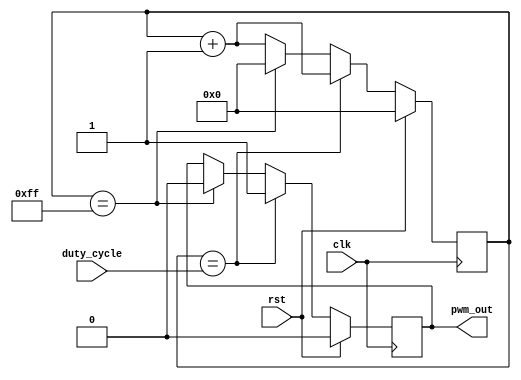
module PWM_Pulse_Generator (
    input wire clk,
    input wire rst,
    input wire [7:0] duty_cycle,
    output reg pwm_out
);

reg [7:0] counter;

always @(posedge clk) begin
    if (rst) begin
        counter <= 8'd0;
        pwm_out <= 1'b0;
    end else begin
        counter <= counter + 1;
        if (counter == duty_cycle) begin
            pwm_out <= 1'b1;
        end else if (counter == 8'd255) begin
            counter <= 8'd0;
            pwm_out <= 1'b0;
        end
    end
end

endmodule